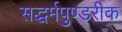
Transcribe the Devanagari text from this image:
सद्धर्मपुण्डरीक